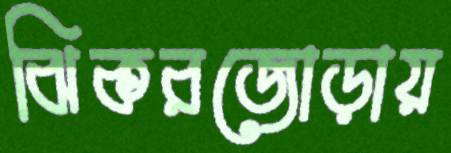
ঝিকরজোড়ায়